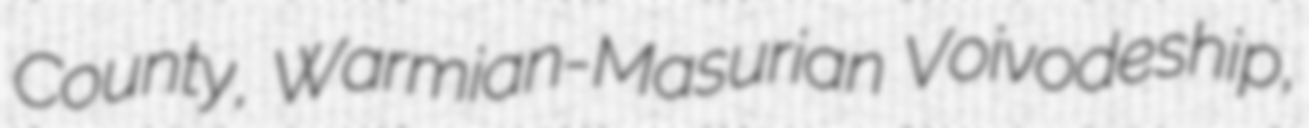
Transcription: County, Warmian-Masurian Voivodeship,